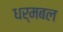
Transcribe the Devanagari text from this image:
धर्मबल